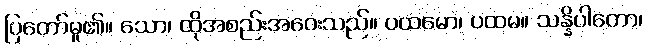
ပြတော်မူ၏။ သော၊ ထိုအစည်းအဝေးသည်။ ပထမော၊ ပထမ။ သန္နိပါတော၊